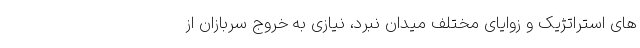
های استراتژیک و زوایای مختلف میدان نبرد، نیازی به خروج سربازان از